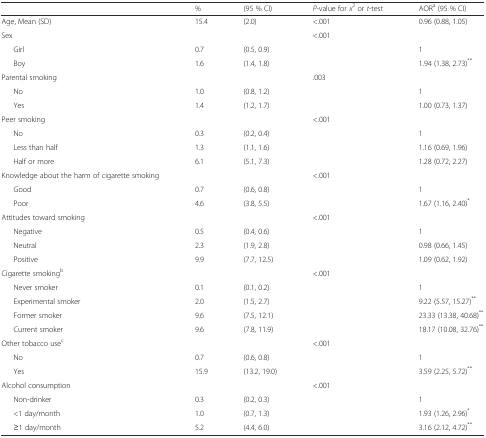
<table><thead><tr><td></td><td><b>%</b></td><td><b>(95 % CI)</b></td><td><b><i>P-</i>value for <i>x</i><sup>2</sup> or <i>t</i>-test</b></td><td><b>AOR<sup>a</sup> (95 % CI)</b></td></tr></thead><tbody><tr><td>Age, Mean (SD)</td><td>15.4</td><td>(2.0)</td><td>&lt;.001</td><td>0.96 (0.88, 1.05)</td></tr><tr><td>Sex</td><td></td><td></td><td>&lt;.001</td><td></td></tr><tr><td>Girl</td><td>0.7</td><td>(0.5, 0.9)</td><td></td><td>1</td></tr><tr><td>Boy</td><td>1.6</td><td>(1.4, 1.8)</td><td></td><td>1.94 (1.38, 2.73)<sup>**</sup></td></tr><tr><td>Parental smoking</td><td></td><td></td><td>.003</td><td></td></tr><tr><td>No</td><td>1.0</td><td>(0.8, 1.2)</td><td></td><td>1</td></tr><tr><td>Yes</td><td>1.4</td><td>(1.2, 1.7)</td><td></td><td>1.00 (0.73, 1.37)</td></tr><tr><td>Peer smoking</td><td></td><td></td><td>&lt;.001</td><td></td></tr><tr><td>No</td><td>0.3</td><td>(0.2, 0.4)</td><td></td><td>1</td></tr><tr><td>Less than half</td><td>1.3</td><td>(1.1, 1.6)</td><td></td><td>1.16 (0.69, 1.96)</td></tr><tr><td>Half or more</td><td>6.1</td><td>(5.1, 7.3)</td><td></td><td>1.28 (0.72, 2.27)</td></tr><tr><td>Knowledge about the harm of cigarette smoking</td><td></td><td></td><td>&lt;.001</td><td></td></tr><tr><td>Good</td><td>0.7</td><td>(0.6, 0.8)</td><td></td><td>1</td></tr><tr><td>Poor</td><td>4.6</td><td>(3.8, 5.5)</td><td></td><td>1.67 (1.16, 2.40)<sup>*</sup></td></tr><tr><td>Attitudes toward smoking</td><td></td><td></td><td>&lt;.001</td><td></td></tr><tr><td>Negative</td><td>0.5</td><td>(0.4, 0.6)</td><td></td><td>1</td></tr><tr><td>Neutral</td><td>2.3</td><td>(1.9, 2.8)</td><td></td><td>0.98 (0.66, 1.45)</td></tr><tr><td>Positive</td><td>9.9</td><td>(7.7, 12.5)</td><td></td><td>1.09 (0.62, 1.92)</td></tr><tr><td>Cigarette smoking<sup>b</sup></td><td></td><td></td><td>&lt;.001</td><td></td></tr><tr><td>Never smoker</td><td>0.1</td><td>(0.1, 0.2)</td><td></td><td>1</td></tr><tr><td>Experimental smoker</td><td>2.0</td><td>(1.5, 2.7)</td><td></td><td>9.22 (5.57, 15.27)<sup>**</sup></td></tr><tr><td>Former smoker</td><td>9.6</td><td>(7.5, 12.1)</td><td></td><td>23.33 (13.38, 40.68)<sup>**</sup></td></tr><tr><td>Current smoker</td><td>9.6</td><td>(7.8, 11.9)</td><td></td><td>18.17 (10.08, 32.76)<sup>**</sup></td></tr><tr><td>Other tobacco use<sup>c</sup></td><td></td><td></td><td>&lt;.001</td><td></td></tr><tr><td>No</td><td>0.7</td><td>(0.6, 0.8)</td><td></td><td>1</td></tr><tr><td>Yes</td><td>15.9</td><td>(13.2, 19.0)</td><td></td><td>3.59 (2.25, 5.72)<sup>**</sup></td></tr><tr><td>Alcohol consumption</td><td></td><td></td><td>&lt;.001</td><td></td></tr><tr><td>Non-drinker</td><td>0.3</td><td>(0.2, 0.3)</td><td></td><td>1</td></tr><tr><td>&lt;1 day/month</td><td>1.0</td><td>(0.7, 1.3)</td><td></td><td>1.93 (1.26, 2.96)<sup>*</sup></td></tr><tr><td>≥1 day/month</td><td>5.2</td><td>(4.4, 6.0)</td><td></td><td>3.16 (2.12, 4.72)<sup>**</sup></td></tr></tbody></table>